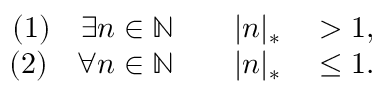
\begin{array} { r l } { ( 1 ) \quad \exists n \in \mathbb { N } \qquad | n | _ { * } } & { { } > 1 , } \\ { ( 2 ) \quad \forall n \in \mathbb { N } \qquad | n | _ { * } } & { { } \leq 1 . } \end{array}